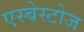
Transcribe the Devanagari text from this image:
एस्बेस्टोज